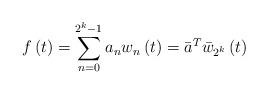
LaTeX: \begin{align*}f\left( t\right) =\sum_{n=0}^{2^{k}-1}a_{n}w_{n}\left( t\right) =\bar{a}^{T}\bar{w}_{2^{k}}\left( t\right) \end{align*}